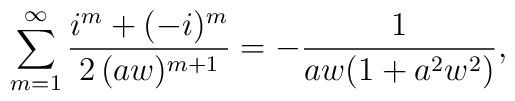
\sum_{m=1}^\infty\frac{i^m+(-i)^m}{2\,(aw)^{m+1}}=-\frac{1}{aw(1+a^2w^2)},